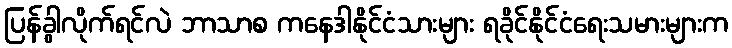
ပြန်ခွါလိုက်ရင်လဲ ဘာသာစ ကနေဒါနိုင်ငံသားများ ရခိုင်နိုင်ငံရေးသမားများက